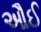
ઔઈ